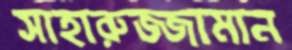
সাহারুজ্জামান